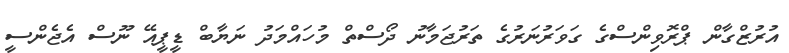
އުރުޒްގާން ޕްރޮވިންސްގެ ގަވަރުނަރުގެ ތަރުޖަމާނު ދޯސްތް މުހައްމަދު ނަޔާބް ޑީޕީއޭ ނޫސް އެޖެންސީ